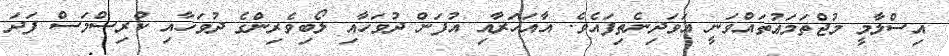
އިސްލާމީ މުޖްތަމަޢުތައްވަނީ އަވަދިނެތިފައެވެ. އާއަހަރާއި އުފަން ދުވަހާއި ލޯބިވެރިންގެ ދުވަހާއި ކްރިސްމަސް ފަދަ